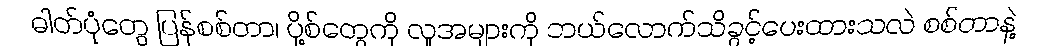
ဓါတ်ပုံတွေ ပြန်စစ်တာ၊ ပို့စ်တွေကို လူအများကို ဘယ်လောက်သိခွင့်ပေးထားသလဲ စစ်တာနဲ့